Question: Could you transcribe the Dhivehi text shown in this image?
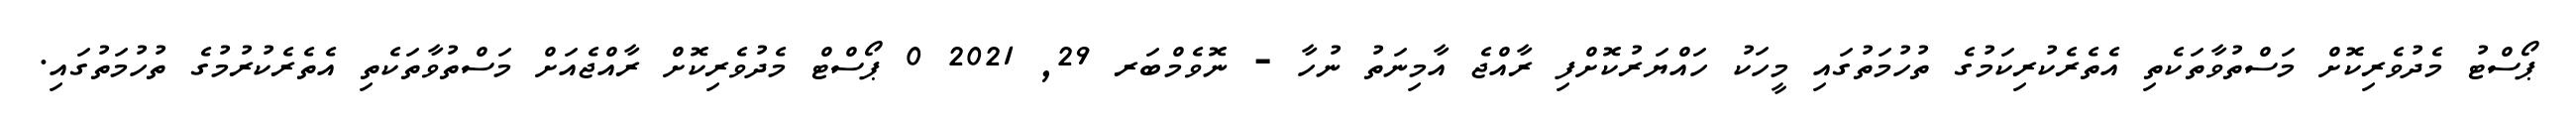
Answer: ޕޯސްޓު މެދުވެރިކޮށް މަސްތުވާތަކެތި އެތެރެކުރިކަމުގެ ތުހުމަތުގައި މީހަކު ހައްޔަރުކޮށްފި ރާއްޖެ އާމިނަތު ނުހާ - ނޮވެމްބަރ 29, 2021 0 ޕޯސްޓް މެދުވެރިކޮށް ރާއްޖެއަށް މަސްތުވާތަކެތި އެތެރެކުރުމުގެ ތުހުމަތުގައި.